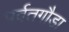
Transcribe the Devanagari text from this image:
पर्वतगौडा